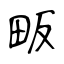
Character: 畈